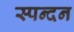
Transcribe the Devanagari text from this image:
स्‍पन्‍दन